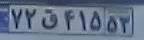
۷۲ق۴۱۵۵۳